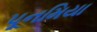
પૂનમિયા